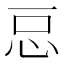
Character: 𭜓